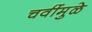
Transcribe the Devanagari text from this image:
चवींमुळे